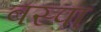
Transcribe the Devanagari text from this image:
बस्‍पा